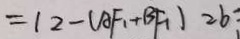
= 1 2 - ( A F _ { 1 } + B F _ { 1 } ) = b